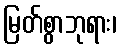
မြတ်စွာဘုရား၊